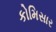
કોમિસાર